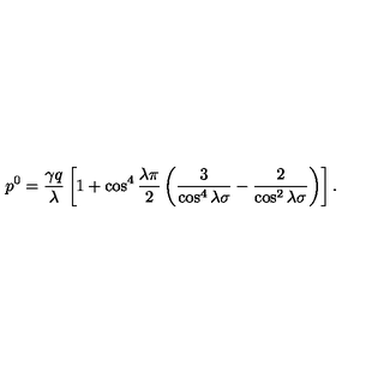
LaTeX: p ^ { 0 } = \frac { \gamma q } { \lambda } \left[ 1 + \cos ^ { 4 } \frac { \lambda \pi } { 2 } \left( \frac { 3 } { \cos ^ { 4 } \lambda \sigma } - \frac { 2 } { \cos ^ { 2 } \lambda \sigma } \right) \right] .